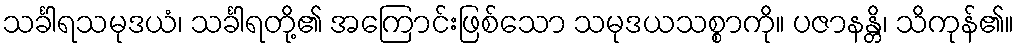
သင်္ခါရသမုဒယံ၊ သင်္ခါရတို့၏ အကြောင်းဖြစ်သော သမုဒယသစ္စာကို။ ပဇာနန္တိ၊ သိကုန်၏။